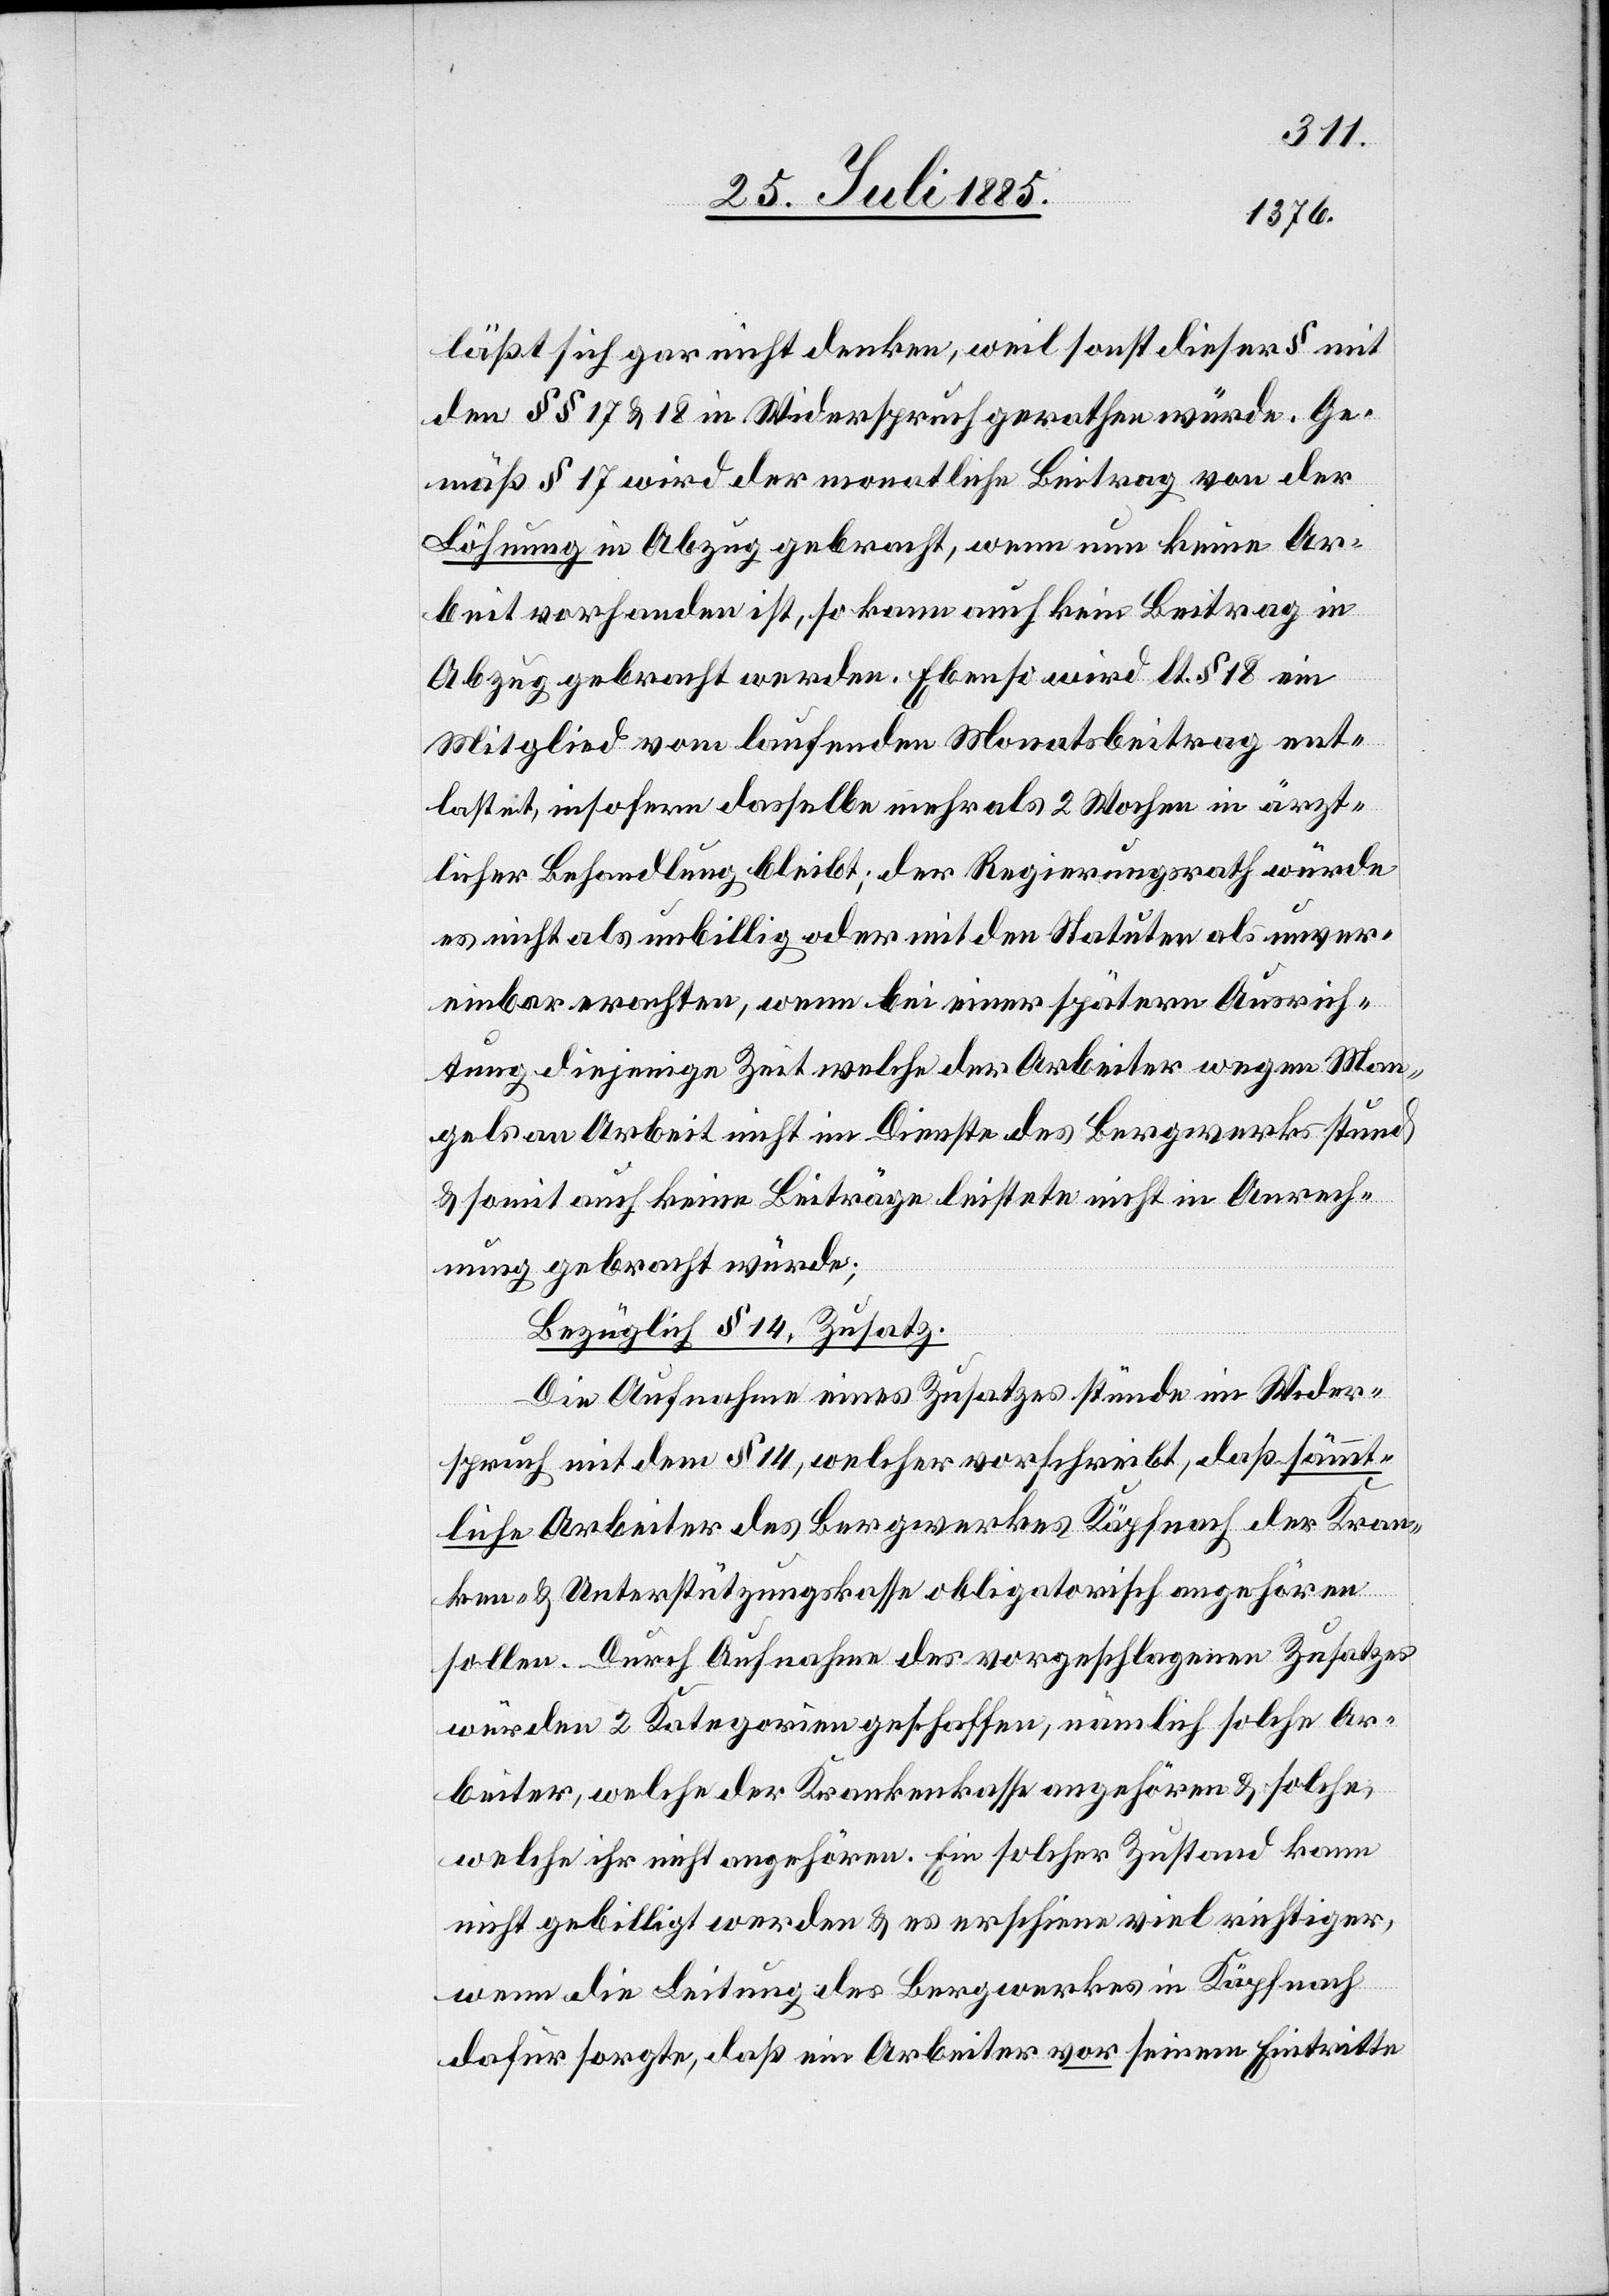
läßt sich nicht denken, weil sonst dieser § mit
den §§ 17 & 18 in Widerspruch gerathen würde. Ge¬
mäß § 17 wird der monatliche Beitrag von der
Löhnung in Abzug gebracht, wenn nun keine Ar¬
beit vorhanden ist, so kann auch kein Beitrag in
Abzug gebracht werden. Ebenso wird lt. § 18 ein
Mitglied vom laufenden Monatsbeitrag ent¬
lastet, insofern dasselbe mehr als 2 Wochen in ärzt¬
licher Behandlung bleibt; der Regierungsrath würde
es nicht als unbillig oder mit den Statuten als unver¬
einbar erachten, wenn bei einer spätern Ausrich¬
tung diejenige Zeit welche der Arbeiter wegen Man¬
gels an Arbeit nicht im Dienste des Bergwerks stund
& somit auch keine Beiträge leistete nicht in Anrech¬
nung gebracht würde;
Bezüglich § 14, Zusatz.
Die Aufnahme eines Zusatzes stünde im Wider¬
spruch mit dem § 14, welcher vorschreibt, daß sämmt¬
liche Arbeiter des Bergwerkes Käpfnach der Kran¬
ken- & Unterstützungskasse obligatorisch angehören
sollen. Durch Aufnahme des vorgeschlagenen Zusatzes
würden 2 Kategorien geschaffen, nämlich solche Ar¬
beiter, welche der Krankenkasse angehören & solche,
welche ihr nicht angehören. Ein solcher Zustand kann
nicht gebilligt werden & es erschiene viel richtiger,
wenn die Leitung des Bergwerkes in Käpfnach
dafür sorgte, daß ein Arbeiter vor seinem Eintritte